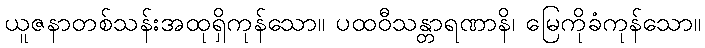
ယူဇနာတစ်သန်းအထုရှိကုန်သော။ ပထဝီသန္တာရဏာနိ၊ မြေကိုခံကုန်သော။